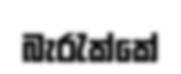
බැරැක්කේ